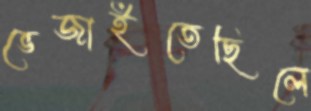
ভেজাইতেছিলে